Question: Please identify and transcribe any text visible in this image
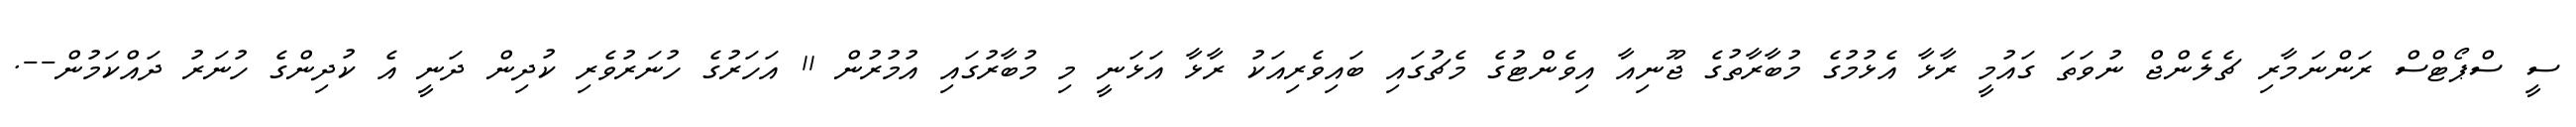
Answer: ސީ ސްޕޯޓްސް ރަންނަމާރި ޗެލެންޖް ނުވަތަ ގައުމީ ރާޅާ އެޅުމުގެ މުބާރާތުގެ ޖޫނިއާ އިވެންޓުގެ މެޗުގައި ބައިވެރިއަކު ރާޅާ އަޅަނީ މި މުބާރުގައި އުމުރުން 11 އަހަރުގެ ހުނަރުވެރި ކުދިން ދަނީ އެ ކުދިންގެ ހުނަރު ދައްކަމުން--.